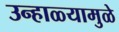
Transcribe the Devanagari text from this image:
उन्हाळ्यामुळे